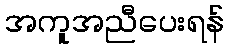
အကူအညီပေးရန်